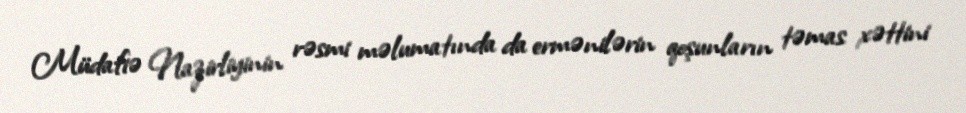
Müdafiə Nazirliyinin rəsmi məlumatında da ermənilərin qoşunların təmas xəttini